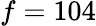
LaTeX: f=104